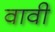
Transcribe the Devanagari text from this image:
वावी